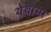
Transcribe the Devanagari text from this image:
येयामा